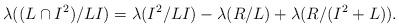
LaTeX: \begin{align*}\lambda((L\cap I^2 )/LI)=\lambda(I^2/LI)-\lambda(R/L)+\lambda(R/(I^2+L)).\end{align*}